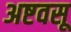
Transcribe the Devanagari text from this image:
अष्टवसू